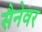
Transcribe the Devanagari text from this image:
सैनेवर